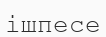
ішпесе